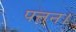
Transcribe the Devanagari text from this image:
पत्तन।